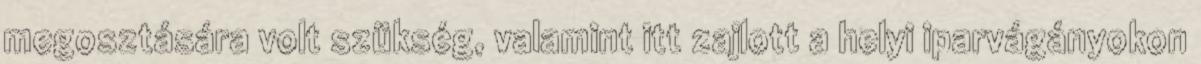
megosztására volt szükség, valamint itt zajlott a helyi iparvágányokon